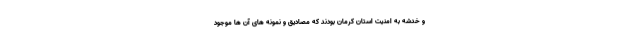
و خدشه به امنیت استان کرمان بودند که مصادیق و نمونه های آن ها موجود